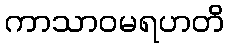
ကာသာဝမရဟတိ